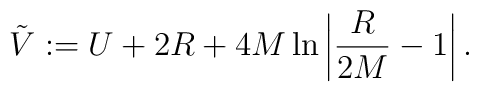
\tilde{V} := U + 2R + 4M\ln\left|\frac{R}{2M} - 1\right|.